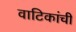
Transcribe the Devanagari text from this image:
वाटिकांची